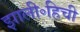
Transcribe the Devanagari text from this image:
झाली॰हिची